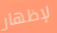
لإظهار